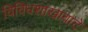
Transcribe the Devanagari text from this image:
विविधशाखावाटे